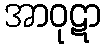
အာဝုဋာ